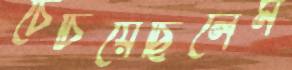
চেঁচিয়েছিলেম